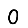
Digit: 0